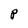
Character: P